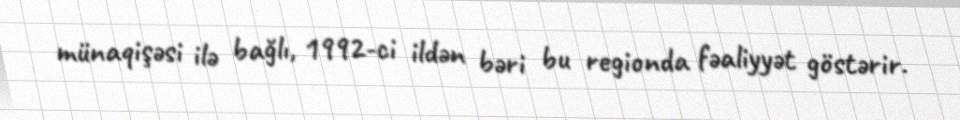
münaqişəsi ilə bağlı, 1992-ci ildən bəri bu regionda fəaliyyət göstərir.